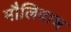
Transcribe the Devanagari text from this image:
मौलिवान्न